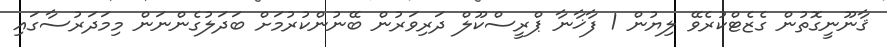
ޤާނޫނީގޮތުން ގެޒެޓްކުރެވޭ ލިޔުން 1 ފާޚާނާ ޕްރީސްކޫލް ދަރިވަރުން ބޭނުންކުރުމަށް ބަދަލުގެންނަން މިމަދަރުސާގައި